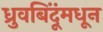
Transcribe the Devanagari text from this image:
ध्रुवबिंदूंमधून